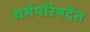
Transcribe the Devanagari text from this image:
धर्मपरिषदेत